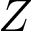
Z